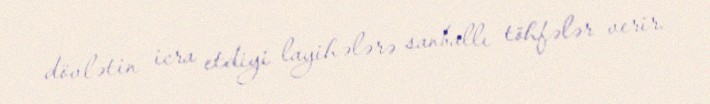
dövlətin icra etdiyi layihələrə sanballı töhfələr verir.